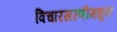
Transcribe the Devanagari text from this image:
विचारसरणीमधून